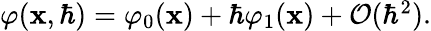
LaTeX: \begin{array}{r}{\varphi(\mathbf{x},\hbar)=\varphi_{0}(\mathbf{x})+\hbar\varphi_{1}(\mathbf{x})+\mathcal{O}(\hbar^{2}).}\end{array}